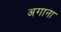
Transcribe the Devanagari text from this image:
अगाना